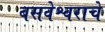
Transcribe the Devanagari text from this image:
बसवेश्वराचे